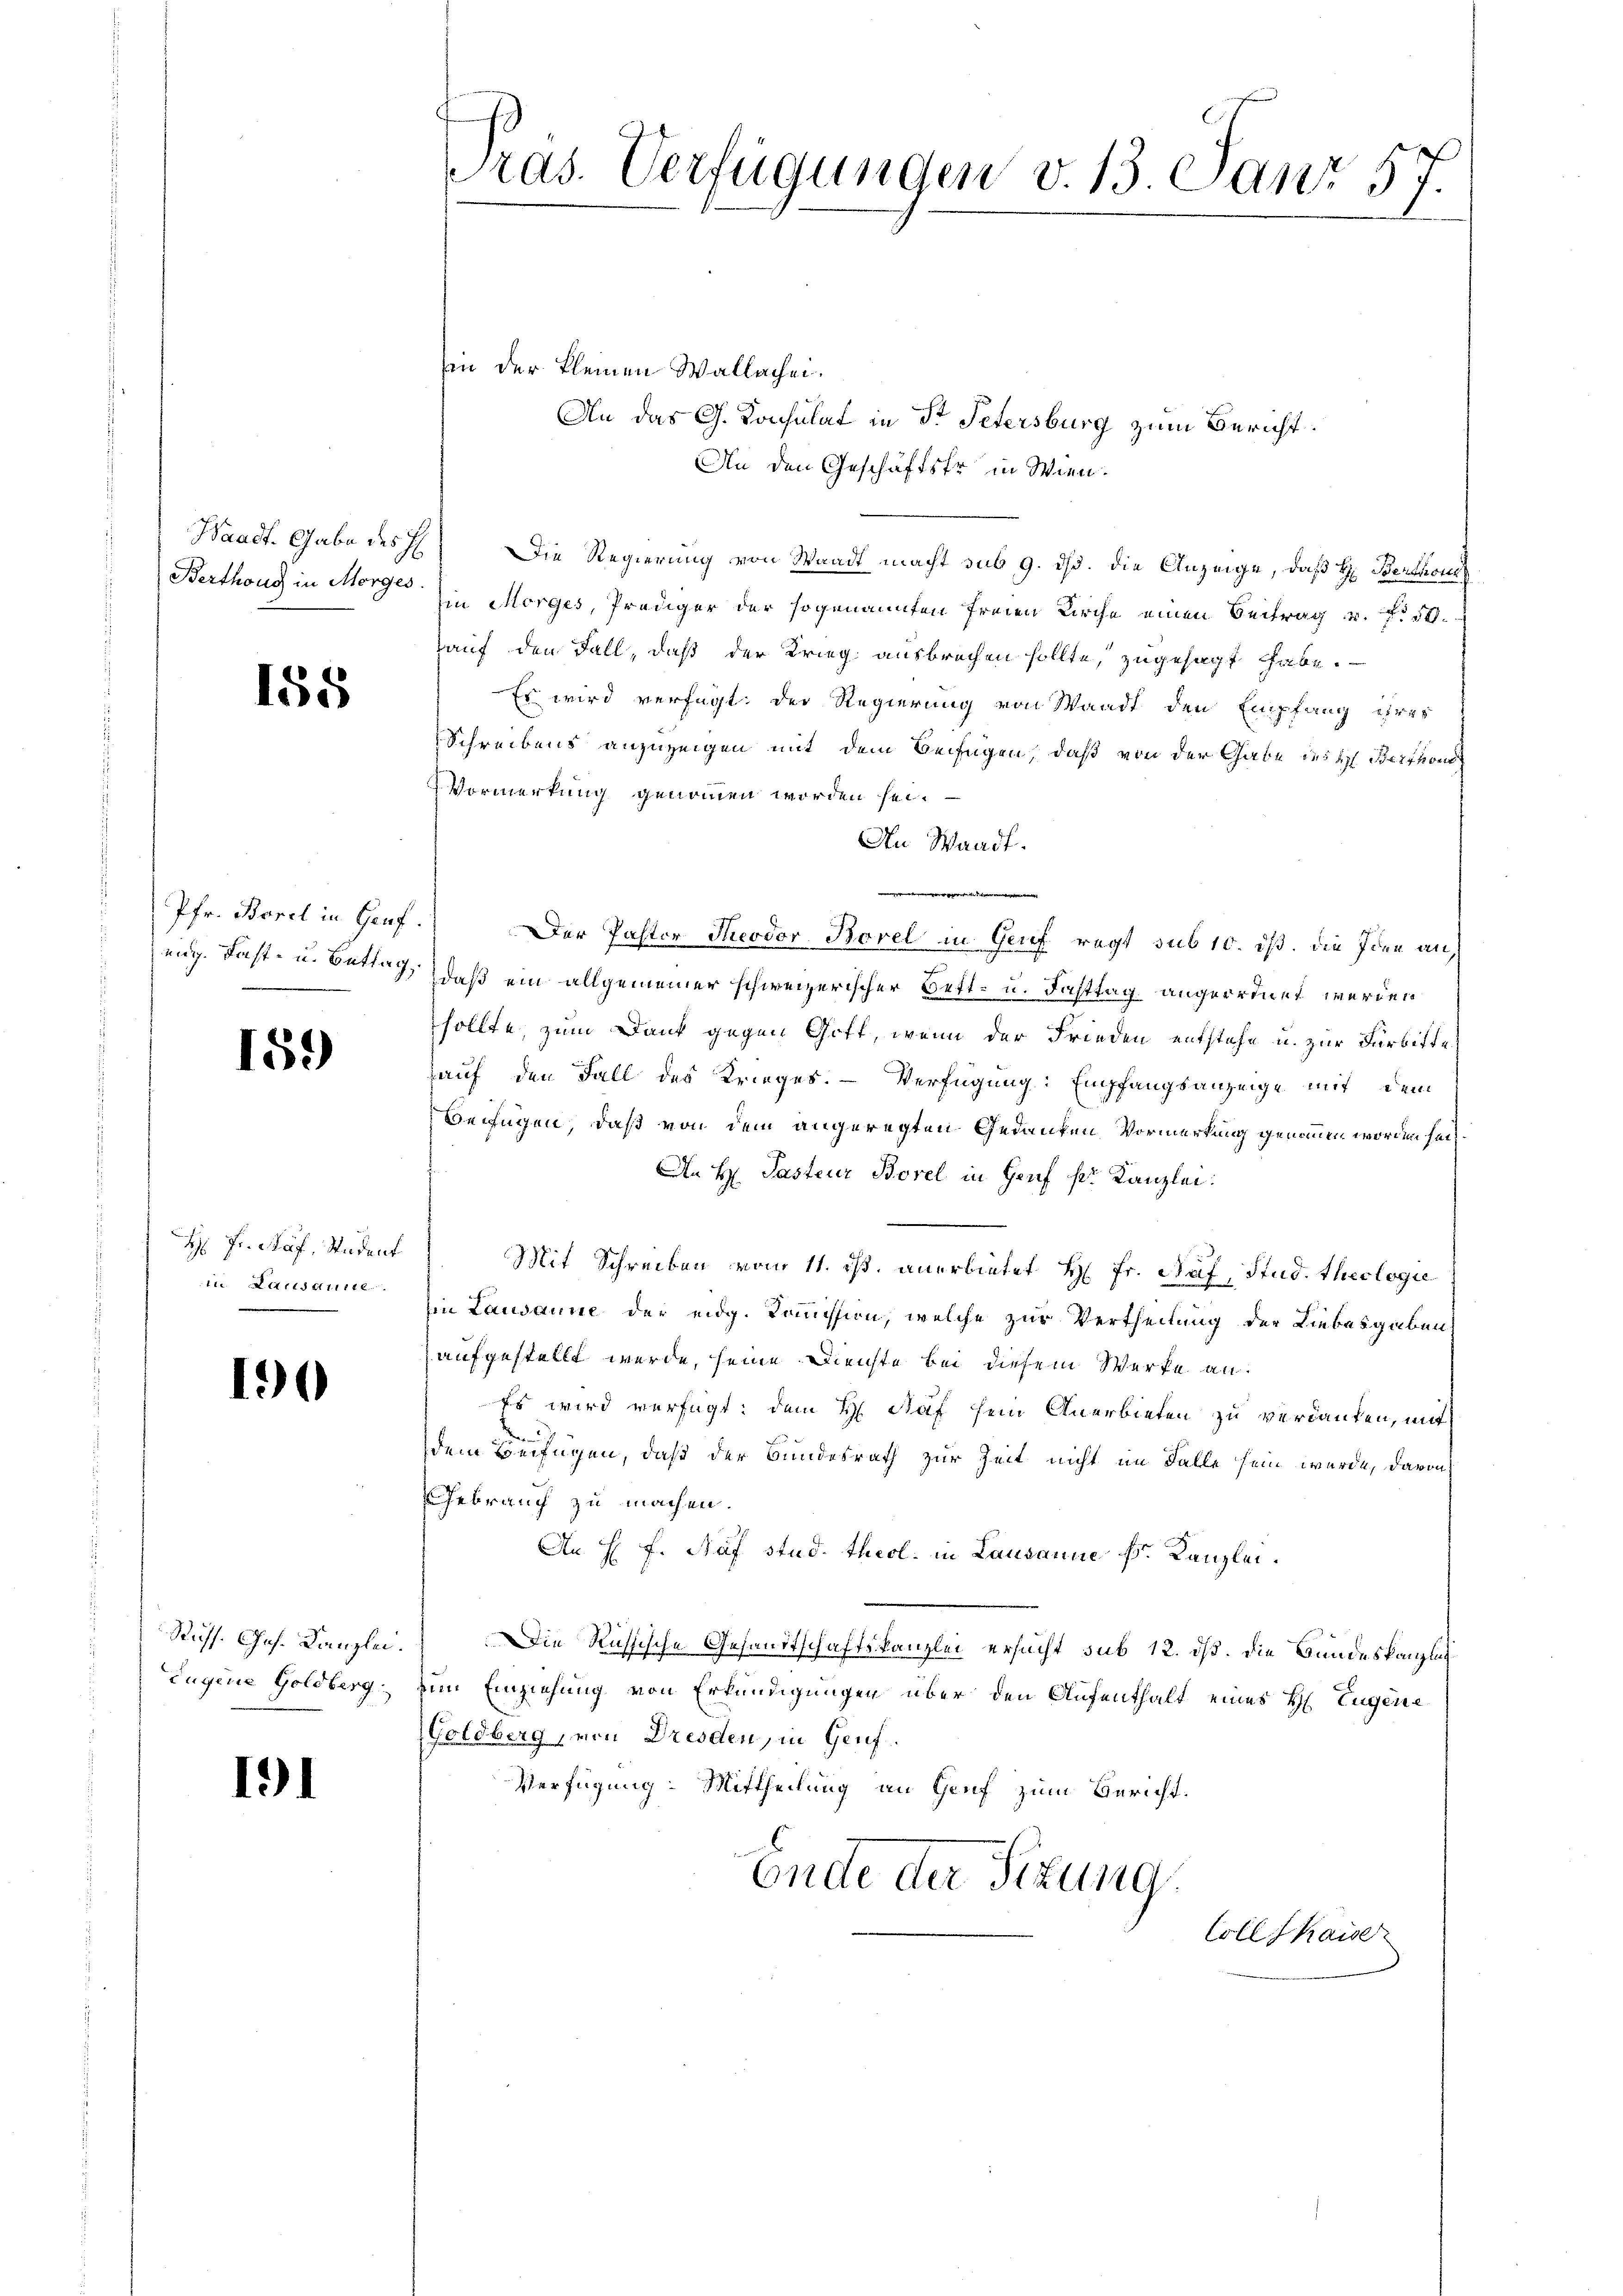
158

Pfr. Borel in Genf.

159

H: Fr. Ruf, Student
in Parisatirte

190

Russ. Chos. Kanzlei.
Eugene Goldberg.

191

ras. Verfügungen v. 13. Janr 57.

in der kleinen Wallachei¬
An das G. Konsulat in Dr Petersburg zum Bericht.
An den Geschäftsfr. in Wien.
Waadt, Gabe des H. Die Regierung von Waadt macht sub 9. ds. die Anzeige, daß H: Benthon
Berthous in Morge in Morges, Prädiger der sogenannten freien Kirche einen Beitrag u. fr. 50.
auf den Fall, daß der Krieg ausbrechen sollte, zugesagt habe.
Es wird verfügt: der Regierung von Waadt den Empfang ihres
Schreibens anzuzeigen mit dem Beifügen, daß von der Gabe des H. Bertons
Vormerkung genommen worden sei.
An Waadt.

Der Pastor Theodor Borel in Genf regt sub 10. ds. die Idee an,
eng. Fast- u. Battag, daß ein allgemeiner schweizerischer Bett. u. Fasttag angeordnet werden
sollte, zum Dank gegen Gott, wenn der Frieden entstehe u. zur Fürbitte
Hauf den Fall des Krieges. - Verfügung: Empfangsanzeige mit dem
Beifügen, daß von dem angeregten Gedanken Vormerkung genommen worden sei.
An H. Pasteur Borel in Genf kr. Kanzlei.
¬
Mit Schreiben vom 11. ist, anerbietet Hr. Fr. Näf, Stud. theologie
in Lausanne der eidg. Kommission, welche zur Vertheilung der Liebesgaben
aufgestellt werde, seine Dienste bei diesem Werke an:
Es wird verfügt: dem H. Auf sein Anerbieten zu verlaufen, mit
dem Beifügen, daß der Bundesrath zur Zeit nicht im Falle sein wurde, davon
Gebrauch zu machen.
An H F. Haf stud. theol. in Lausanne Hs. Kanzlei.
Die Russische Gesandtschaftskanzlei ersucht sub 12. dß. die Bundeskanzlichdem Einziehung von Erkundigungen über den Aufenthalt eines H. Eugene
Geldberg, von Dresden, in Genf.
Verfügung Mittheilung an Genf zum Bericht.
Endte der Sekung

Coll Kaise